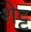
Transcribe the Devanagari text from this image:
शेट्ट